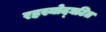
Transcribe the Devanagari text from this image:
रहस्योद्घटित